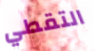
التقطي